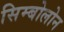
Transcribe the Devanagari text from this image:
सिम्बोलोन